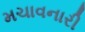
મચાવનારી